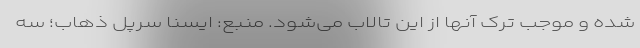
شده و موجب ترک آنها از این تالاب می‌شود. منبع: ایسنا سرپل ذهاب؛ سه